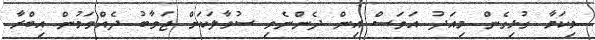
މިކަމާ ގުޅިގެން މިއަދު އަވަސް އިން ދެންނެވި ސުވާލަކަށް ޖަވާބު ދެއްވަމުން އިބްރާ